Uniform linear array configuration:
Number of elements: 4
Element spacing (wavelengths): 1
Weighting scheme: hamming
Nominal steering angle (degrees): -60
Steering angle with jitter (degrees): -60.451
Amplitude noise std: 0.05
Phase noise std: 0.05

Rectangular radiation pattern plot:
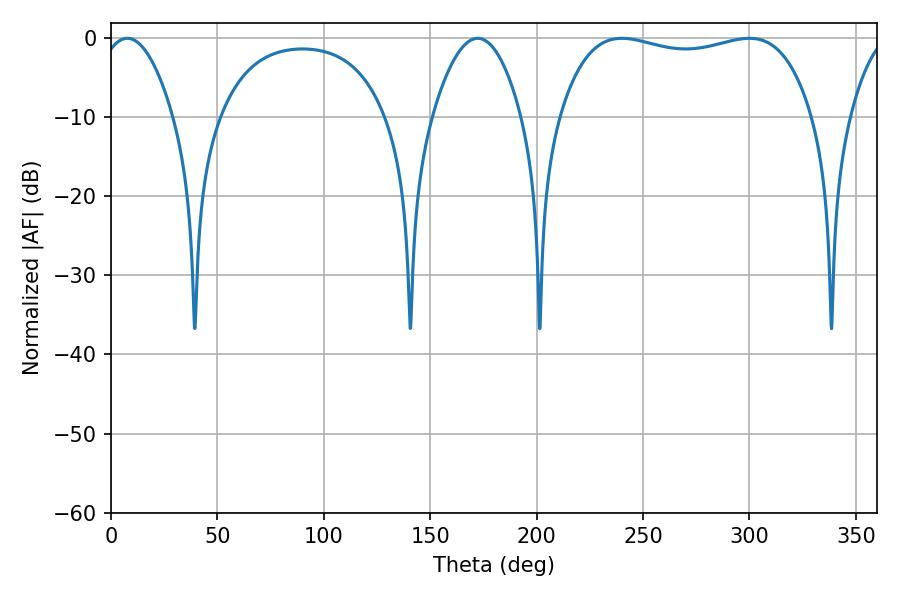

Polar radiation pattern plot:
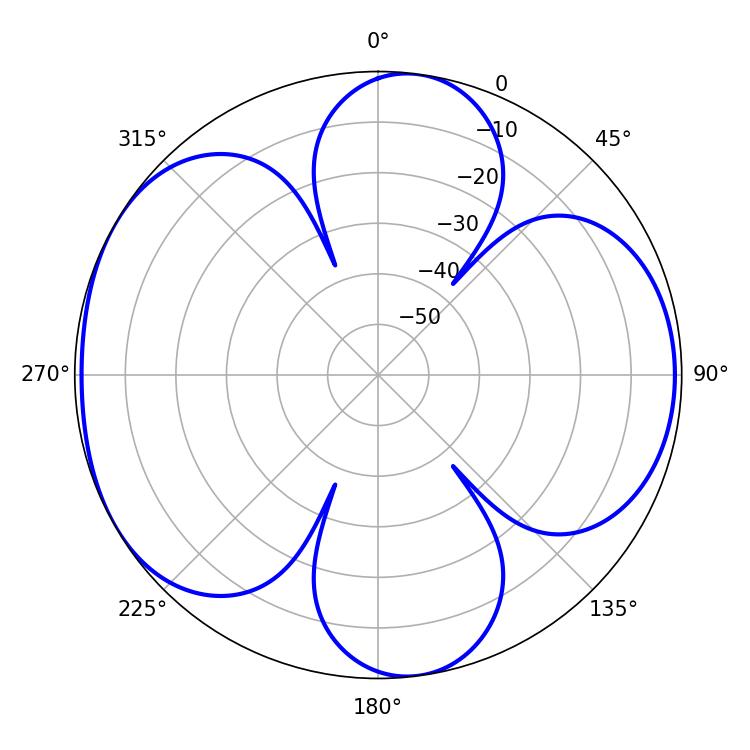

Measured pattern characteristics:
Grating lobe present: TRUE
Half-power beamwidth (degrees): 96.12
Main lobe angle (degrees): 240.12